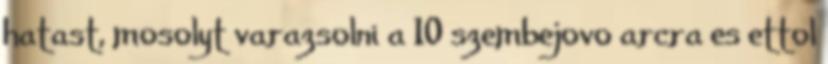
hatast, mosolyt varazsolni a 10 szembejovo arcra es ettol